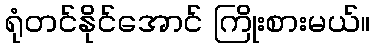
ရုံတင်နိုင်အောင် ကြိုးစားမယ်။